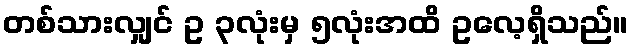
တစ်သားလျှင် ဥ ၃လုံးမှ ၅လုံးအထိ ဥလေ့ရှိသည်။